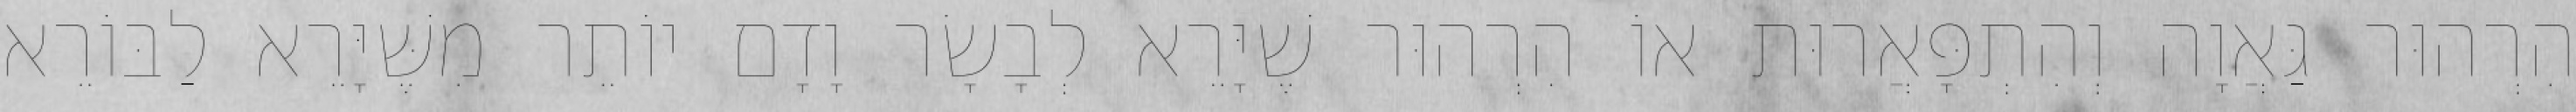
הִרְהוּר גַּאֲוָה וְהִתְפָּאֲרוּת אוֹ הִרְהוּר שֶׁיָּרֵא לְבָשָׂר וָדָם יוֹתֵר מִשֶּׁיָּרֵא לַבּוֹרֵא